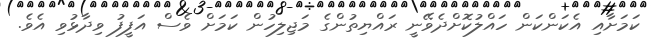
ކަމަށާއި އެކަންކަން ހައްލުކޮށްދެވޭނީ ރައްޔިތުންގެ މަޖިލިހުން ކަމަށް ވެސް އަފީފު ވިދާޅުވި އެވެ.